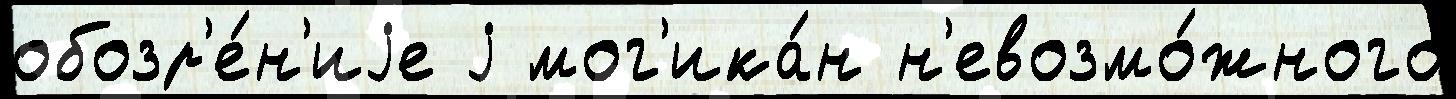
обозр'е́н'иjе j мог'ика́н н'евозмо́жного